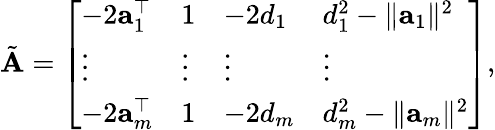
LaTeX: \tilde{\mathbf A}=\left[\begin{array}{llll}{-2{\mathbf a}_{1}^{\top}}&{1}&{-2d_{1}}&{d_{1}^{2}-\| {\mathbf a}_{1}\| ^{2}}\\ {\vdots}&{\vdots}&{\vdots}&{\vdots}\\ {-2{\mathbf a}_{m}^{\top}}&{1}&{-2d_{m}}&{d_{m}^{2}-\| {\mathbf a}_{m}\| ^{2}}\end{array}\right],